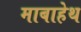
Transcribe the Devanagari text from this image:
माबाहेथ